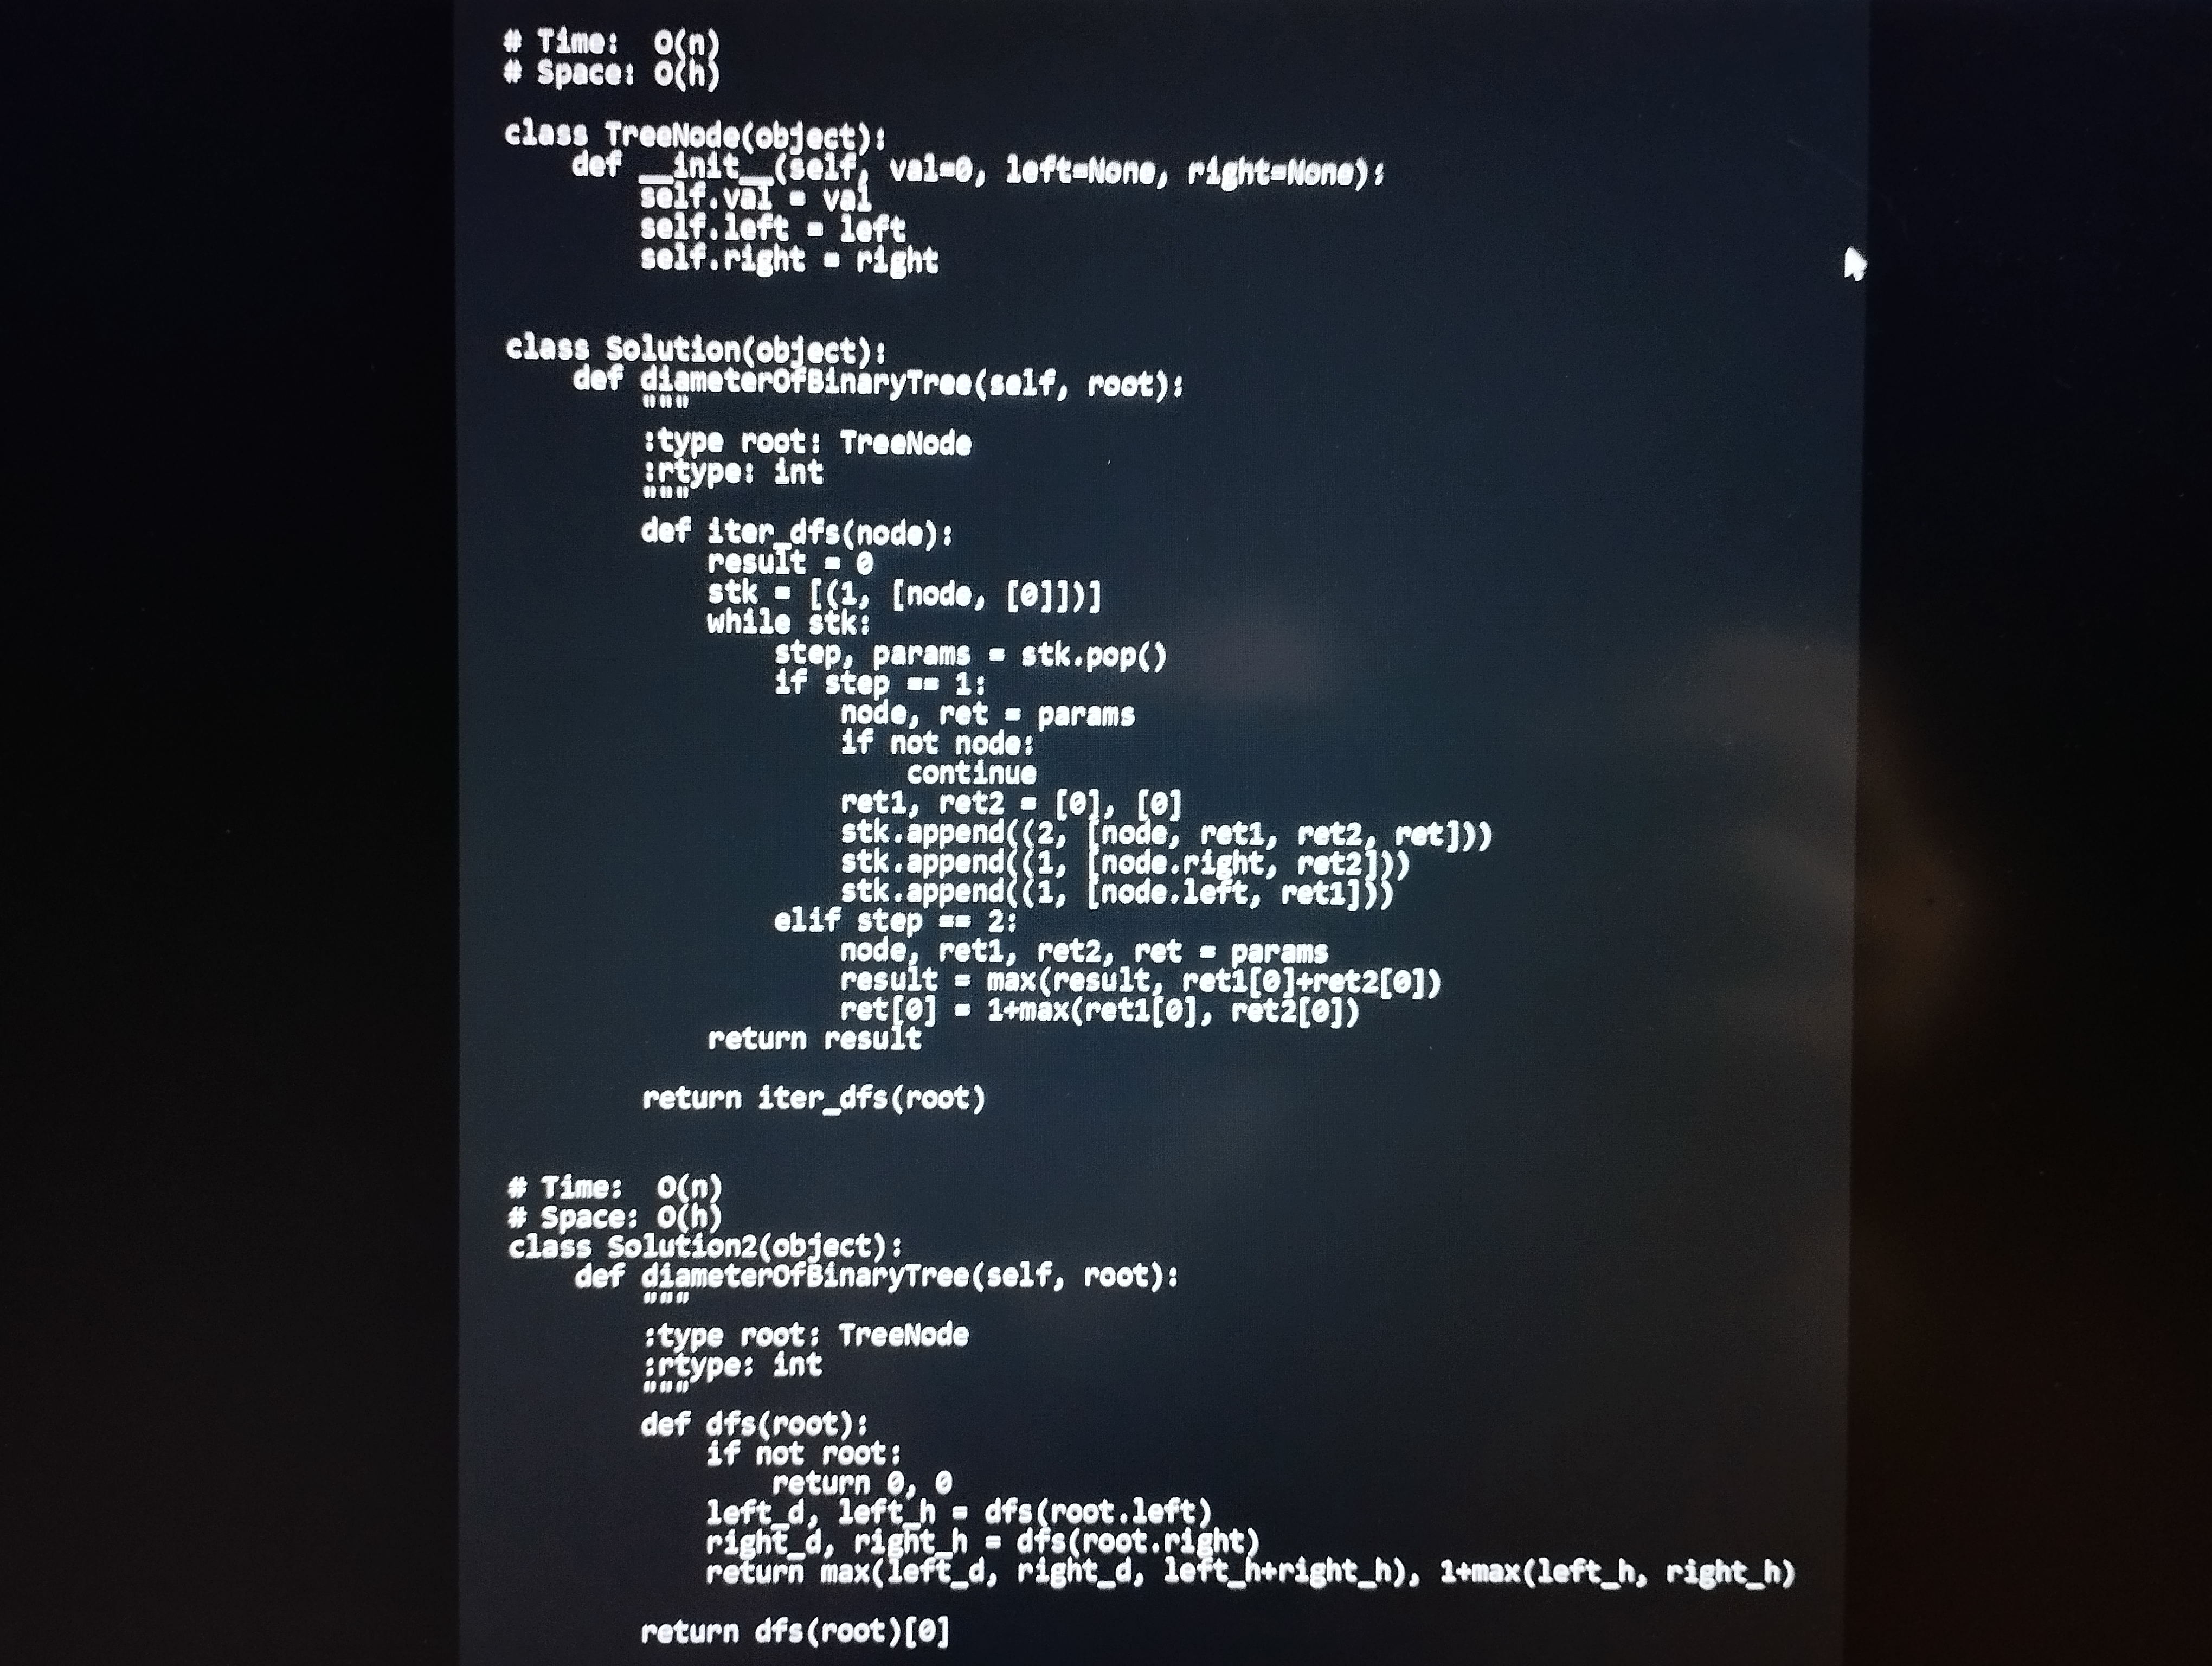
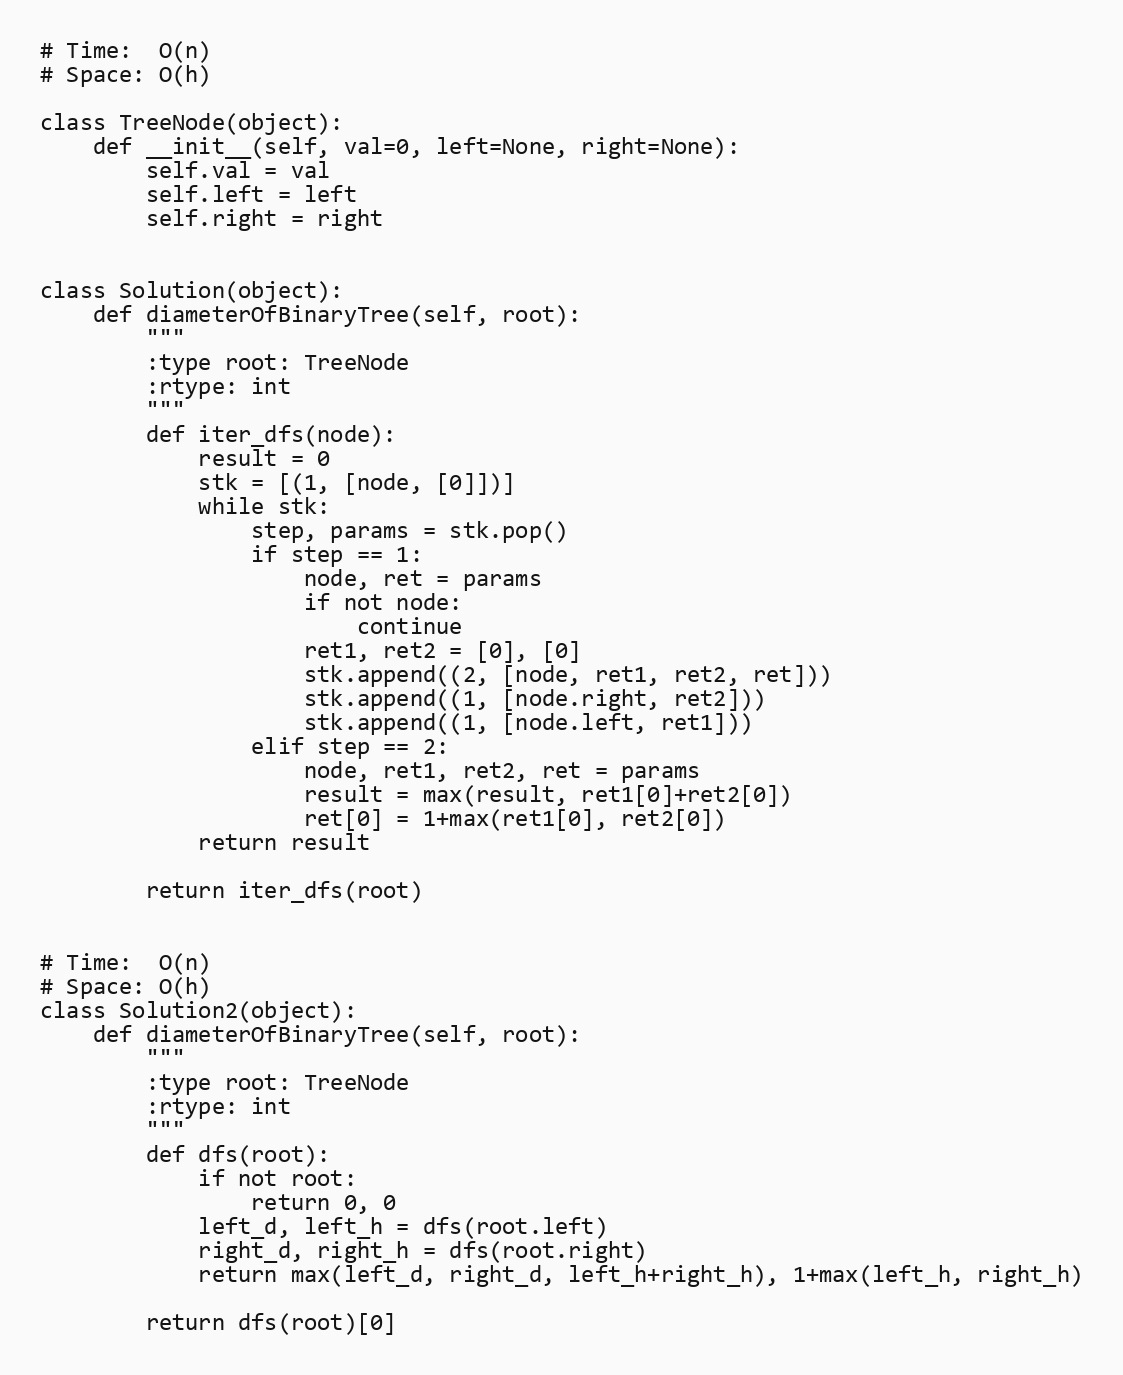
# Time:  O(n)
# Space: O(h)

class TreeNode(object):
    def __init__(self, val=0, left=None, right=None):
        self.val = val
        self.left = left
        self.right = right

class Solution(object):
    def diameterOfBinaryTree(self, root):
        """
        :type root: TreeNode
        :rtype: int
        """
        def iter_dfs(node):
            result = 0
            stk = [(1, [node, [0]])]
            while stk:
                step, params = stk.pop()
                if step == 1:
                    node, ret = params
                    if not node:
                        continue
                    ret1, ret2 = [0], [0]
                    stk.append((2, [node, ret1, ret2, ret]))
                    stk.append((1, [node.right, ret2]))
                    stk.append((1, [node.left, ret1]))
                elif step == 2:
                    node, ret1, ret2, ret = params
                    result = max(result, ret1[0]+ret2[0])
                    ret[0] = 1+max(ret1[0], ret2[0])
            return result

        return iter_dfs(root)

# Time:  O(n)
# Space: O(h)
class Solution2(object):
    def diameterOfBinaryTree(self, root):
        """
        :type root: TreeNode
        :rtype: int
        """
        def dfs(root):
            if not root:
                return 0, 0
            left_d, left_h = dfs(root.left)
            right_d, right_h = dfs(root.right)
            return max(left_d, right_d, left_h+right_h), 1+max(left_h, right_h)

        return dfs(root)[0]